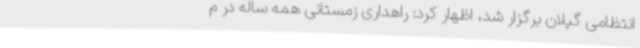
انتظامی گیلان برگزار شد، اظهار کرد: راهداری زمستانی همه ساله در م